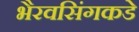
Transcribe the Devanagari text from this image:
भैरवसिंगकडे